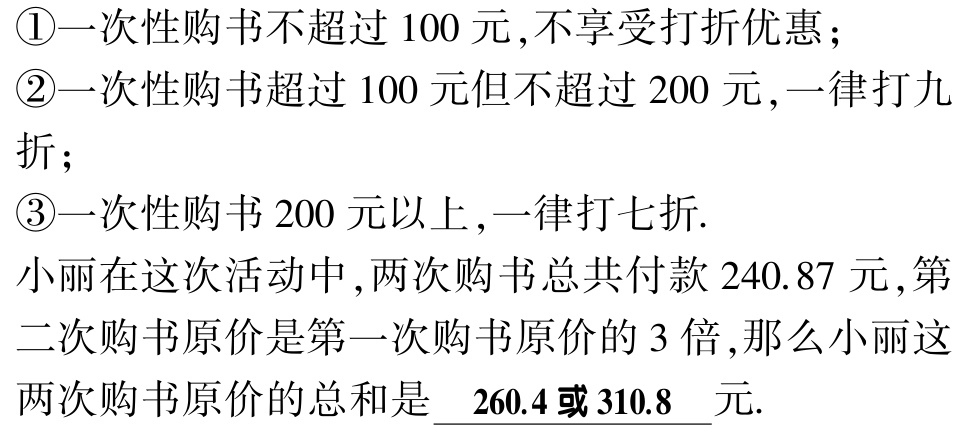
\textcircled{1}一次性购书不超过 \(100\) 元,不享受打折优惠；

\textcircled{2}一次性购书超过 \(100\) 元但不超过 \(200\) 元,一律打九折；

\textcircled{3}一次性购书 \(200\) 元以上,一律打七折.

小丽在这次活动中,两次购书总共付款 \(240.87\) 元,第二次购书原价是第一次购书原价的 \(3\) 倍,那么小丽这两次购书原价的总和是 \(\underline{ 260.4或310.8 }\) 元.